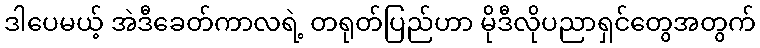
ဒါပေမယ့် အဲဒီခေတ်ကာလရဲ့ တရုတ်ပြည်ဟာ မိုဒီလိုပညာရှင်တွေအတွက်